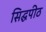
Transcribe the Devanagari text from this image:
सिद्घपीठ